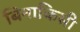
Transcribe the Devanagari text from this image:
बिनाकिसी